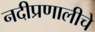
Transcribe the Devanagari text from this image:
नदीप्रणालीचे